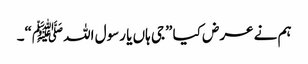
ہم نے عرض کیا ”جی ہاں یا رسول اللہﷺ“۔